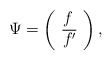
\begin{align*}\Psi =\left(\begin{array}{l}f \\\overline{f^{\prime }}\end{array}\right) ,\end{align*}